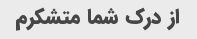
از درک شما متشکرم